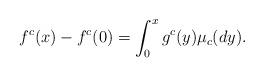
LaTeX: \begin{align*}f^c(x)-f^c(0)=\int_0^x g^c(y)\mu_c(dy). \end{align*}